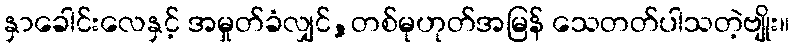
နှာခေါင်းလေနှင့် အမှုတ်ခံလျှင်,တစ်မုဟုတ်အမြန် သေတတ်ပါသတဲ့ဗျိုး။